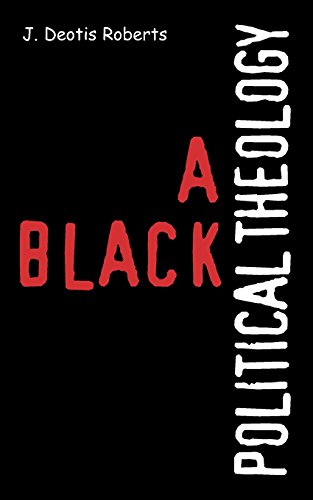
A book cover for A Black Political Theology; J. Deotis Roberts; Christian Books & Bibles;